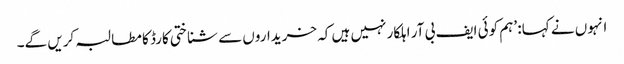
انہوں نے کہا: ’ہم کوئی ایف بی آر اہلکار نہیں ہیں کہ خریداروں سے شناختی کارڈ کا مطالبہ کریں گے۔